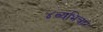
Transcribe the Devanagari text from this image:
४व्यभिचार